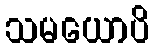
သမယောပိ